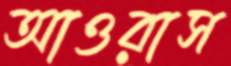
আওরাস